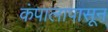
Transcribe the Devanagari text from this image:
कंपालापासून